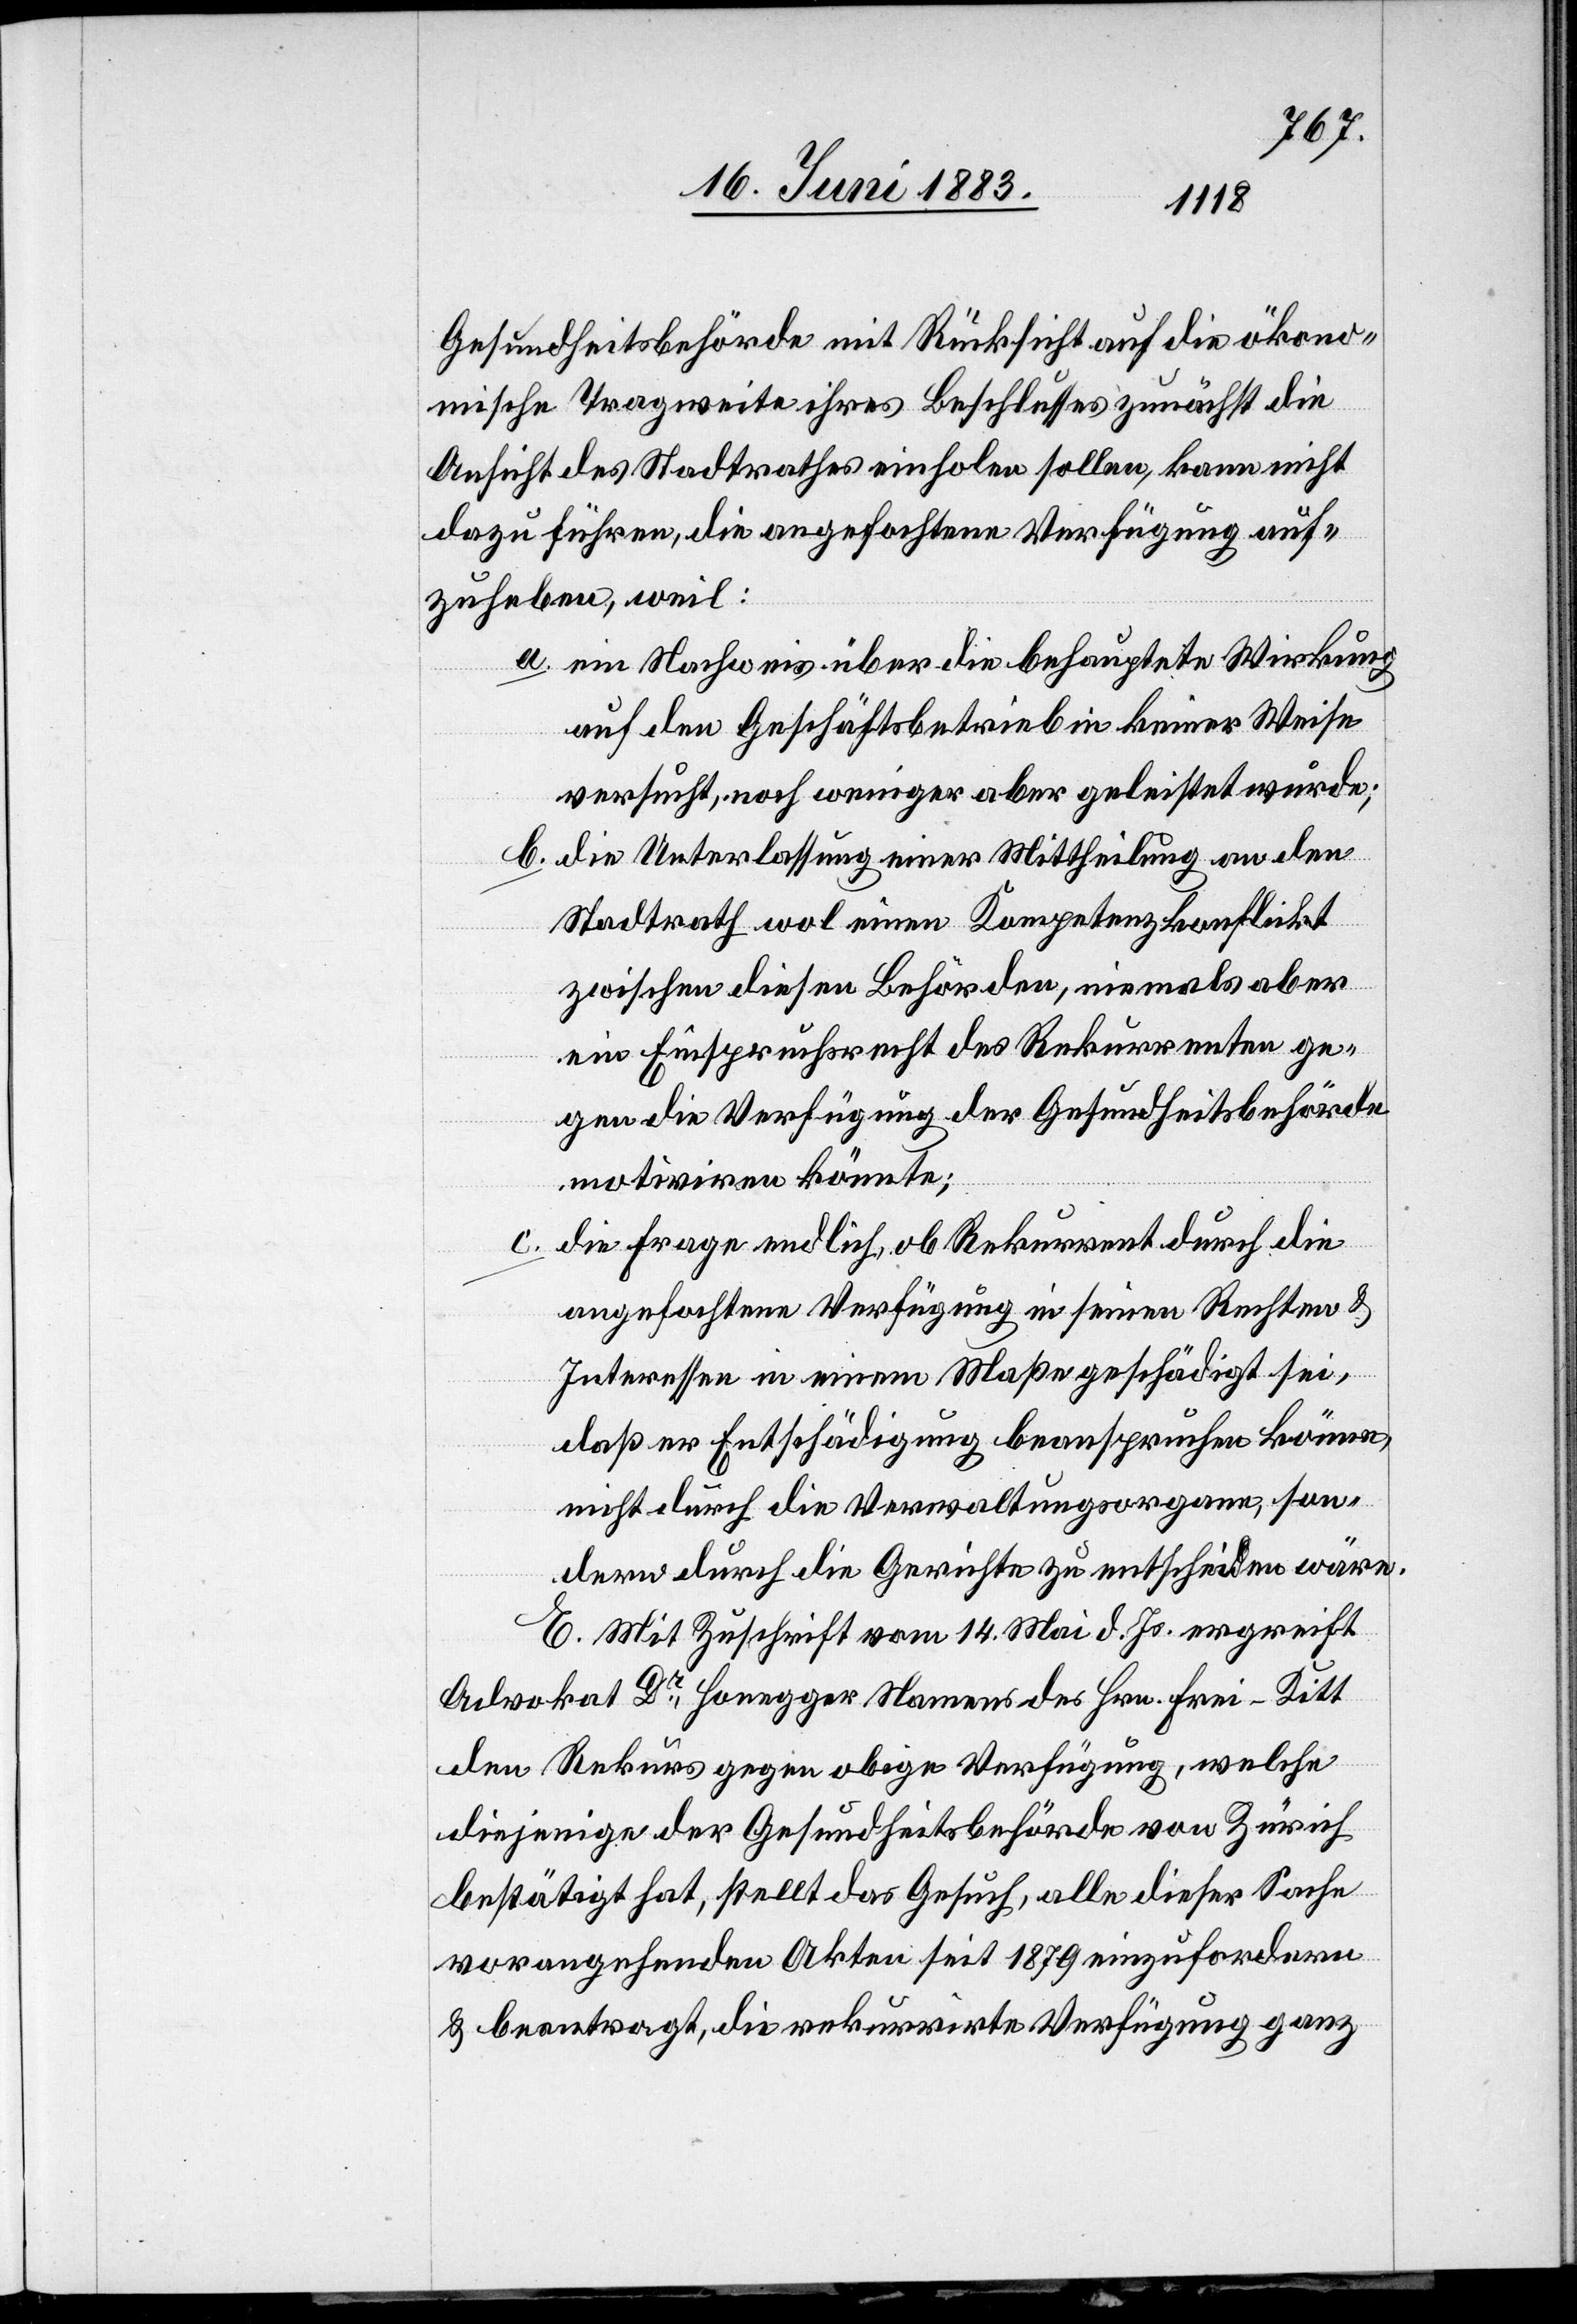
Gesundheitsbehörde mit Rücksicht auf die ökono¬
mische Tragweite ihres Beschlusses zunächst die
Ansicht des Stadtrathes einholen sollen, kann nicht
dazu führen, die angefochtene Verfügung auf¬
zuheben, weil:
a. ein Nachweis über die behauptete Wirkung
auf den Geschäftsbetrieb in keiner Weise
versucht, noch weniger aber geleistet wurde;
b. die Unterlassung einer Mittheilung an den
Stadtrath wol einen Kompetenzkonflikt
zwischen diesen Behörden, niemals aber
ein Einspruchsrecht des Rekurrenten ge¬
gen die Verfügung der Gesundheitsbehörde
motiviren könnte;
die Frage endlich, ob Rekurrent durch die
angefochtene Verfügung in seinen Rechten &
Interessen in einem Maße geschädigt sei,
daß er Entschädigung beanspruchen könne,
nicht durch die Verwaltungsorgane, son¬
dern durch die Gerichte zu entscheiden wäre.
E. Mit Zuschrift vom 14. Mai d. Js. ergreift
Advokat Dr Honegger Namens des Hrn. Frei-Kitt
den Rekurs gegen obige Verfügung, welche
diejenige der Gesundheitsbehörde von Zürich
bestätigt hat, stellt das Gesuch, alle dieser Sache
vorangehenden Akten seit 1879 einzufordern
& beantragt, die rekurrirte Verfügung ganz